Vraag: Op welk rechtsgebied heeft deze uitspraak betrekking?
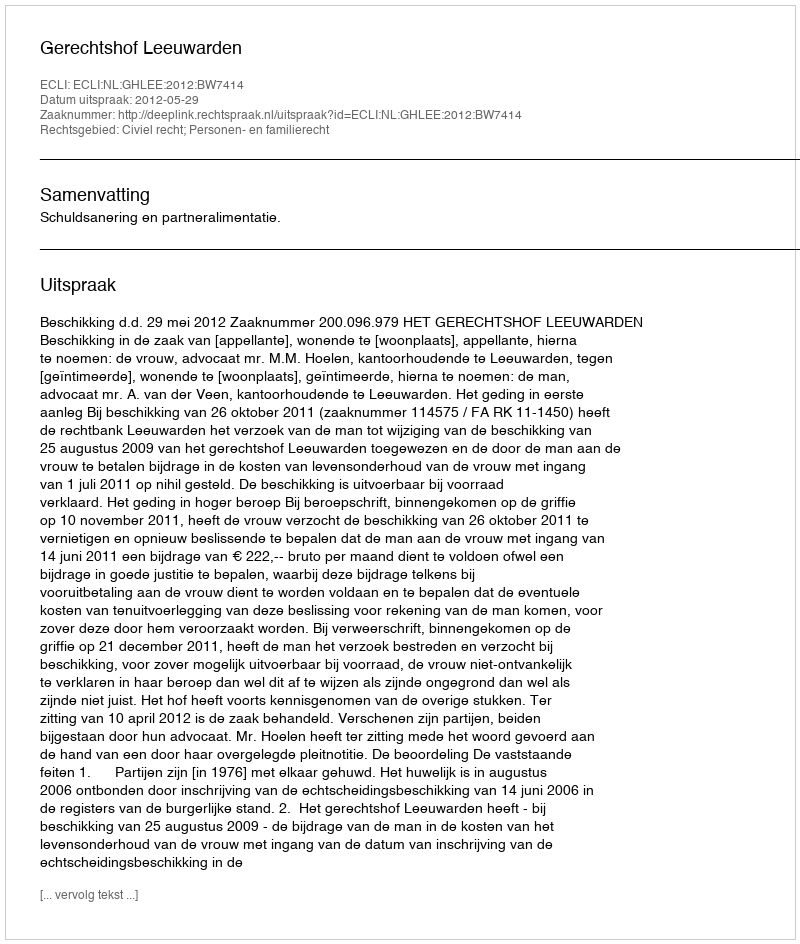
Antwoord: Civiel recht; Personen- en familierecht